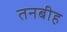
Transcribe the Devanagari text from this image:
तनबीह